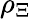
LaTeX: \rho_{\Xi}